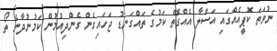
ނުވަތަ ކޮޕީއެއްގައި އަސްލާ އެއްގޮތް ކަމުގެ ތައްގަނޑު ޖަހައިގެން ގެންދިއުމުން ކަމުނުދާނެ ތޯ